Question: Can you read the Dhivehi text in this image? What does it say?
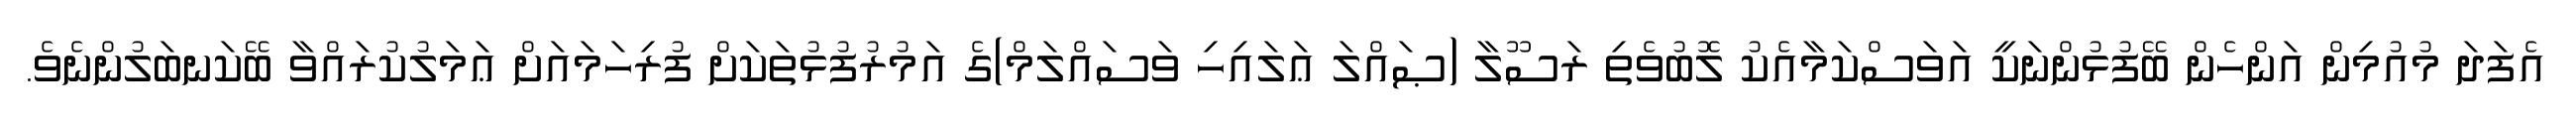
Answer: އެފަދަ މުއުމިން އަންހެން ބޭފުޅުންނަކީ އަވަސްކަމާއެކު ލޮބުވެތި ރަސޫލާ (ޞައްލަ ޢަލައިހި ވަސައްލަމް)ގެ އަމުރުފުޅުތަކަށް ފުރިހަމައަށް ޢަމަލުކުރައްވާ ބޭކަނބަލުންނެވެ.